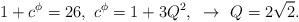
LaTeX: \begin{align*}1+c^{\phi}=26,~c^{\phi}=1+3Q^2,~\to ~Q = 2\sqrt{2}.\end{align*}